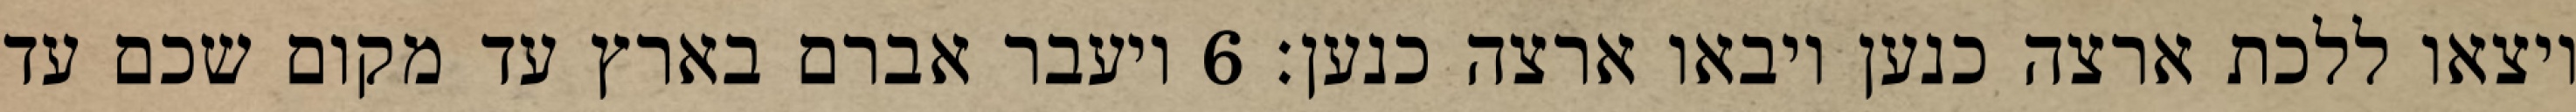
ויצאו ללכת ארצה כנען ויבאו ארצה כנען׃ ‎6‏ ויעבר אברם בארץ עד מקום שכם עד